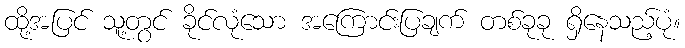
ထို့အပြင် သူ့တွင် ခိုင်လုံသော အကြောင်းပြချက် တစ်ခုခု ရှိနေသည့်ပုံ။